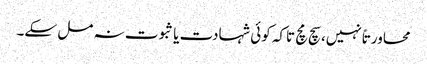
محاورتاً نہیں، سچ مچ تاکہ کوئی شہادت یا ثبوت نہ مل سکے۔